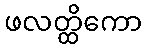
ဖလတ္ထိကော